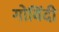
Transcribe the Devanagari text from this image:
गोविंदी